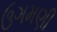
ઉગમણી